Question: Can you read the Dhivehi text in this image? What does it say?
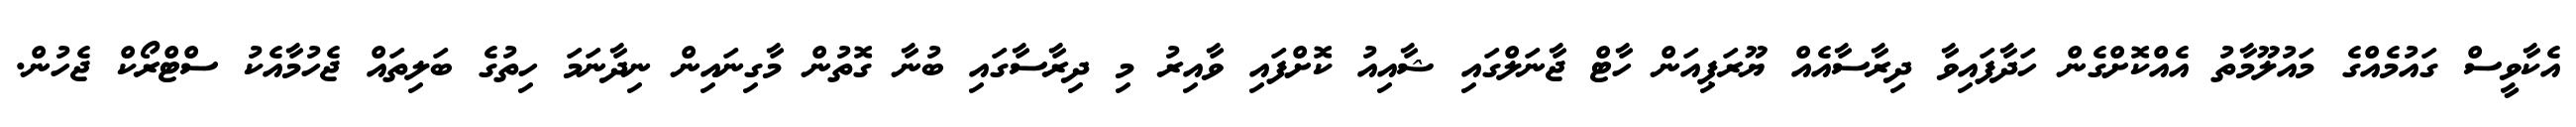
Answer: އެކާވީސް ގައުމެއްގެ މައުލޫމާތު އެއްކޮށްގެން ހަދާފައިވާ ދިރާސާއެއް ޔޫރަޕިއަން ހާޓް ޖާނަލްގައި ޝާއިއު ކޮށްފައި ވާއިރު މި ދިރާސާގައި ބުނާ ގޮތުން މާގިނައިން ނިދާނަމަ ހިތުގެ ބަލިތައް ޖެހުމާއެކު ސްޓްރޯކް ޖެހުން.